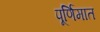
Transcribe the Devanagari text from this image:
पूर्णिमात